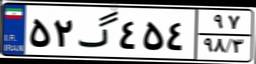
۵۲گ۴۵۴۹۷